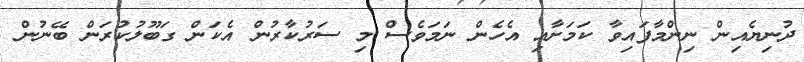
ދުނިޔެއިން ނިންމާފައިވާ ކަމަށާއި އެހެން ނަމަވެސް މި ސަރުކާރުން އެކަން ގަބޫލުކުރަން ބޭނުން